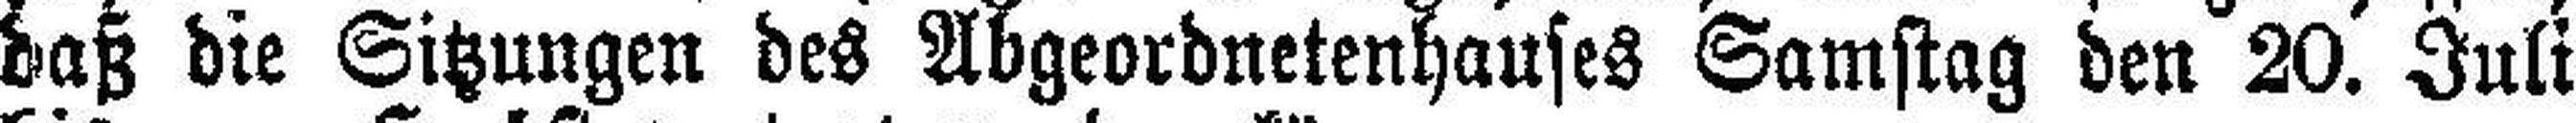
daß die Sitzungen des Abgeordnetenhauses Samstag den 20. Juli